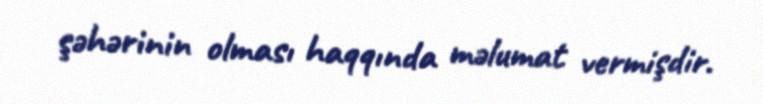
şəhərinin olması haqqında məlumat vermişdir.